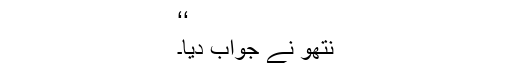
‘‘
نتھو نے جواب دیا۔